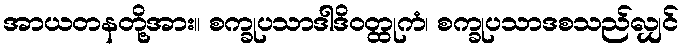
အာယတနတို့အား။ စက္ခုပသာဒါဒိဝတ္ထုကံ၊ စက္ခုပသာဒစသည်လျှင်